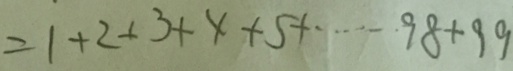
= 1 + 2 + 3 + 4 + 5 + \cdots 9 8 + 9 9